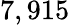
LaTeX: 7,915